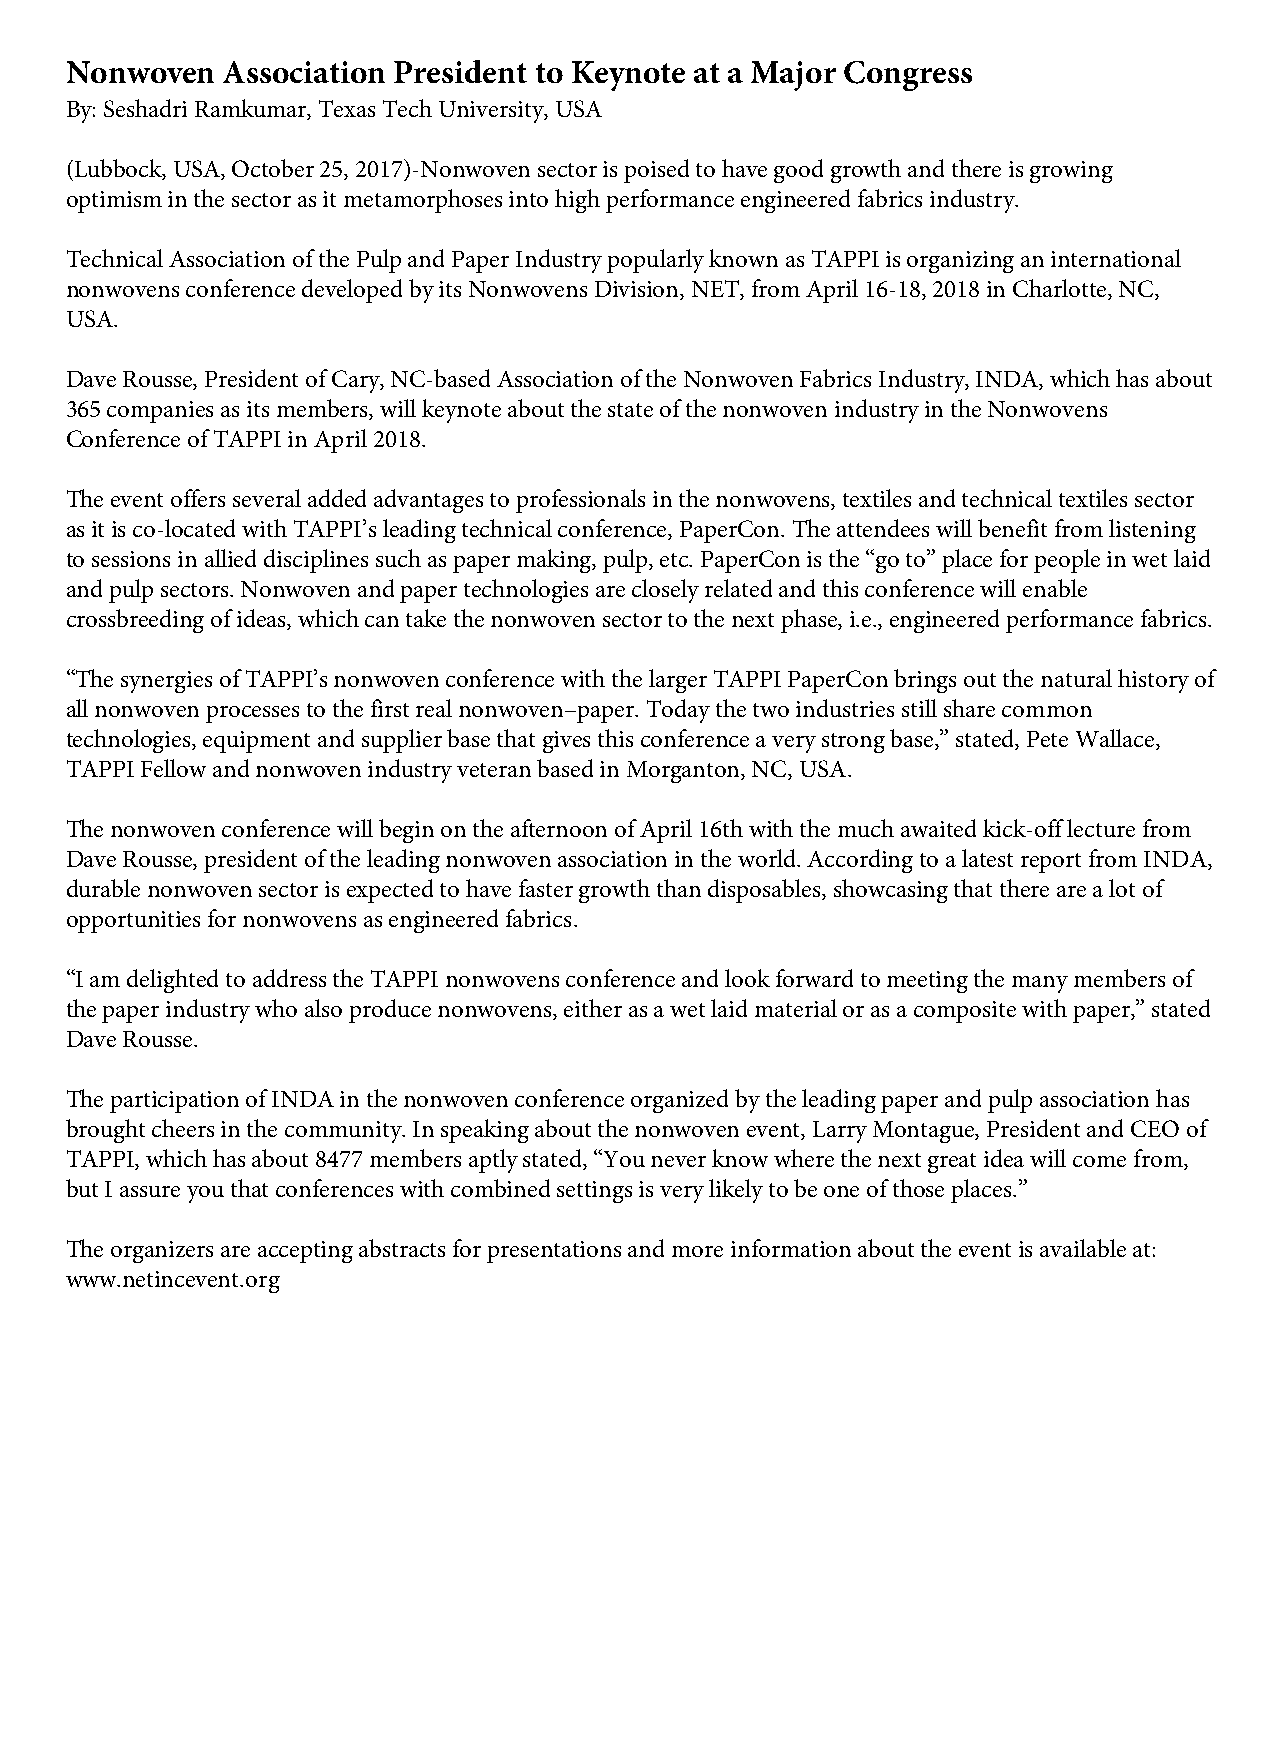
Nonwoven   Association President to Keynote at a Major Congress
 By: Seshadri Ramkumar, Texas Tech University, USA
 (Lubbock, USA, October 25, 2017)-Nonwoven sector is poised to have good growth and there is growing
 optimism in the sector as it metamorphoses into high performance engineered fabrics industry.
 Technical Association of the Pulp and Paper Industry popularly known as TAPPI is organizing an international
 nonwovens conference developed by its Nonwovens Division, NET, from April 16-18, 2018 in Charlotte, NC,
 USA.
 Dave Rousse, President of Cary, NC-based Association of the Nonwoven Fabrics Industry, INDA, which has about
 365 companies as its members, will keynote about the state of the nonwoven industry in the Nonwovens
 Conference of TAPPI in April 2018.
 The event offers several added advantages to professionals in the nonwovens, textiles and technical textiles sector
 as it is co-located with TAPPI’s leading technical conference, PaperCon. The attendees will benefit from listening
 to sessions in allied disciplines such as paper making, pulp, etc. PaperCon is the “go to” place for people in wet laid
 and pulp sectors. Nonwoven and paper technologies are closely related and this conference will enable
 crossbreeding of ideas, which can take the nonwoven sector to the next phase, i.e., engineered performance fabrics.
 “The synergies of TAPPI’s nonwoven conference with the larger TAPPI PaperCon brings out the natural history of
 all nonwoven processes to the first real nonwoven–paper. Today the two industries still share common
 technologies, equipment and supplier base that gives this conference a very strong base,” stated, Pete Wallace,
 TAPPI Fellow and nonwoven industry veteran based in Morganton, NC, USA.
 The nonwoven conference will begin on the afternoon of April 16th with the much awaited kick-off lecture from
 Dave Rousse, president of the leading nonwoven association in the world. According to a latest report from INDA,
 durable nonwoven sector is expected to have faster growth than disposables, showcasing that there are a lot of
 opportunities for nonwovens as engineered fabrics.
 “I am delighted to address the TAPPI nonwovens conference and look forward to meeting the many members of
 the paper industry who also produce nonwovens, either as a wet laid material or as a composite with paper,” stated
 Dave Rousse.
 The participation of INDA in the nonwoven conference organized by the leading paper and pulp association has
 brought cheers in the community. In speaking about the nonwoven event, Larry Montague, President and CEO of
 TAPPI, which has about 8477 members aptly stated, “You never know where the next great idea will come from,
 but I assure you that conferences with combined settings is very likely to be one of those places.”
 The organizers are accepting abstracts for presentations and more information about the event is available at:
 www.netincevent.org